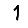
Digit: 1